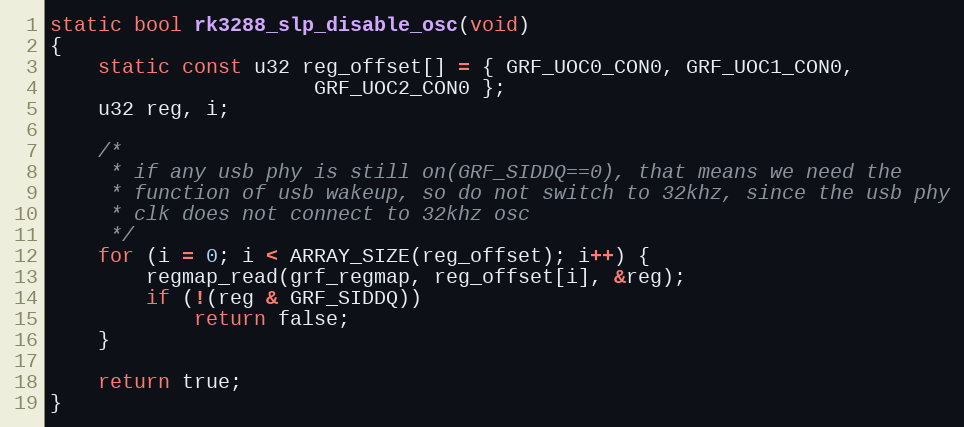
Language: C
static bool rk3288_slp_disable_osc(void)
{
	static const u32 reg_offset[] = { GRF_UOC0_CON0, GRF_UOC1_CON0,
					  GRF_UOC2_CON0 };
	u32 reg, i;

	/*
	 * if any usb phy is still on(GRF_SIDDQ==0), that means we need the
	 * function of usb wakeup, so do not switch to 32khz, since the usb phy
	 * clk does not connect to 32khz osc
	 */
	for (i = 0; i < ARRAY_SIZE(reg_offset); i++) {
		regmap_read(grf_regmap, reg_offset[i], &reg);
		if (!(reg & GRF_SIDDQ))
			return false;
	}

	return true;
}